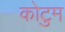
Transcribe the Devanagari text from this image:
कोटुम